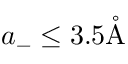
a _ { - } \le 3 . 5 \mathring \mathrm { A }